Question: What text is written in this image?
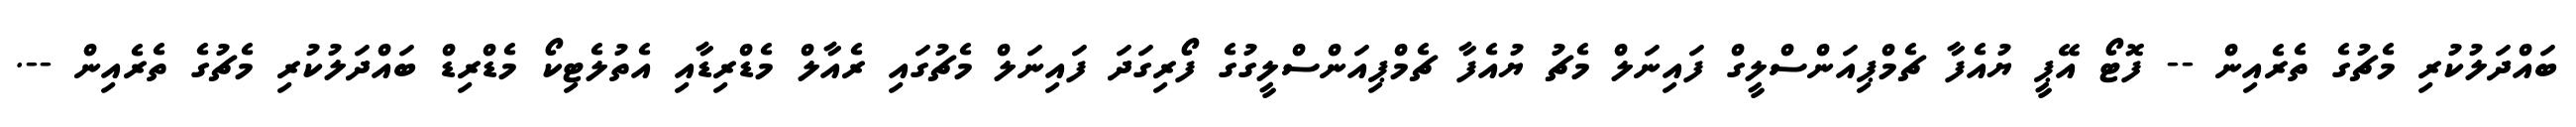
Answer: ބައްދަލުކުރި މެޗުގެ ތެރެއިން -- ފޮޓޯ އޭޕީ ޔުއެފާ ޗެމްޕިއަންސްލީގް ފައިނަލް މެޗު ޔުއެފާ ޗެމްޕިއަންސްލީގުގެ ފޯރިގަދަ ފައިނަލް މެޗުގައި ރެއާލް މެޑްރިޑާއި އެތުލެޓިކޯ މެޑްރިޑް ބައްދަލުކުރި މެޗުގެ ތެރެއިން --.